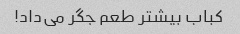
کباب بیشتر طعم جگر می‌داد!